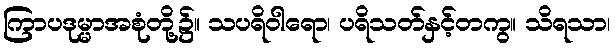
ကြာပဒုမ္မာအစုံတို့၌။ သပရိဝါရော၊ ပရိသတ်နှင့်တကွ။ သိရသာ၊